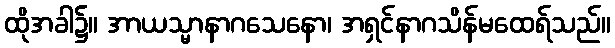
ထိုအခါ၌။ အာယသ္မာနာဂသေနော၊ အရှင်နာဂသိန်မထေရ်သည်။